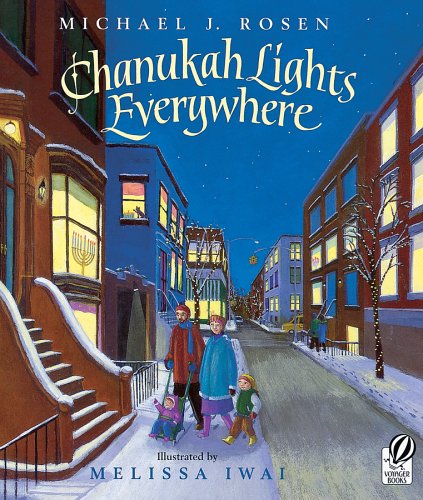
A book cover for Chanukah Lights Everywhere; Michael J. Rosen; Children's Books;